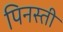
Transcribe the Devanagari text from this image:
पिनस्ती